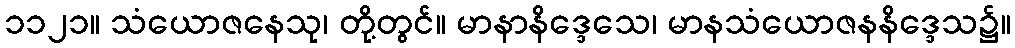
၁၁၂၁။ သံယောဇနေသု၊ တို့တွင်။ မာနာနိဒ္ဒေသေ၊ မာနသံယောဇနနိဒ္ဒေသ၌။